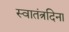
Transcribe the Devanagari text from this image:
स्वातंत्रदिना